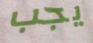
يجب